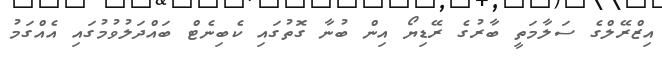
އިޒްރޭލްގެ ސަލާމަތީ ބާރުގެ ރޭޑިޔޯ އިން ބުނާ ގޮތުގައި ކެބިނެޓް ބައްދަލުވުމުގައި އެއްގަމު